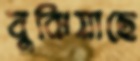
বুঝিয়াছে